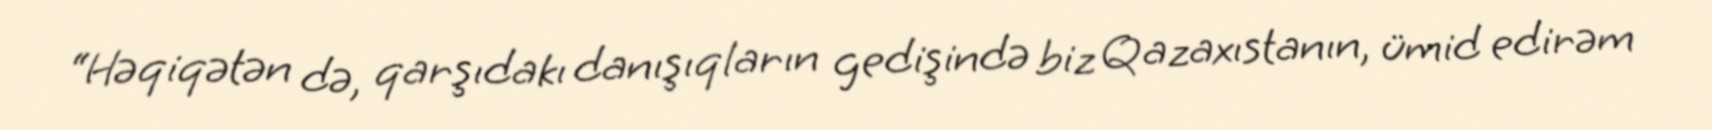
“Həqiqətən də, qarşıdakı danışıqların gedişində biz Qazaxıstanın, ümid edirəm